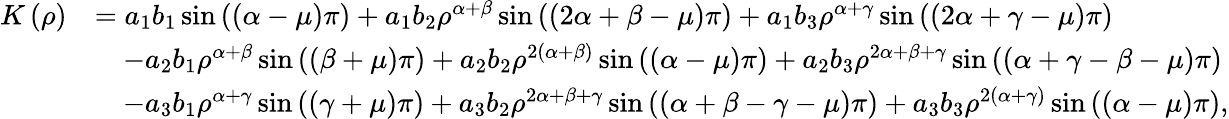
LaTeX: \begin{array}{rl}{K\left(\rho\right)}&{=a_{1}b_{1}\sin\left(\left(\alpha-\mu\right)\pi\right)+a_{1}b_{2}\rho^{\alpha+\beta}\sin\left(\left(2\alpha+\beta-\mu\right)\pi\right)+a_{1}b_{3}\rho^{\alpha+\gamma}\sin\left(\left(2\alpha+\gamma-\mu\right)\pi\right)}\\ &{\quad-a_{2}b_{1}\rho^{\alpha+\beta}\sin\left(\left(\beta+\mu\right)\pi\right)+a_{2}b_{2}\rho^{2\left(\alpha+\beta\right)}\sin\left(\left(\alpha-\mu\right)\pi\right)+a_{2}b_{3}\rho^{2\alpha+\beta+\gamma}\sin\left(\left(\alpha+\gamma-\beta-\mu\right)\pi\right)}\\ &{\quad-a_{3}b_{1}\rho^{\alpha+\gamma}\sin\left(\left(\gamma+\mu\right)\pi\right)+a_{3}b_{2}\rho^{2\alpha+\beta+\gamma}\sin\left(\left(\alpha+\beta-\gamma-\mu\right)\pi\right)+a_{3}b_{3}\rho^{2\left(\alpha+\gamma\right)}\sin\left(\left(\alpha-\mu\right)\pi\right),}\end{array}